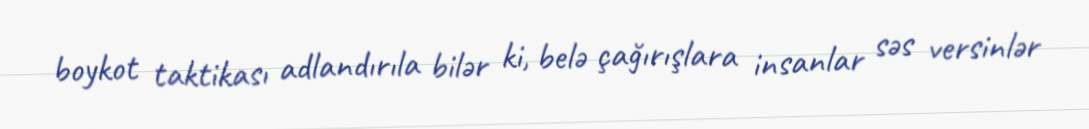
boykot taktikası adlandırıla bilər ki, belə çağırışlara insanlar səs versinlər